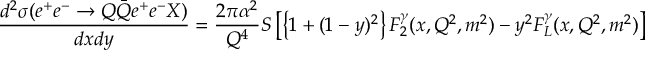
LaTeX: \frac { d ^ { 2 } \sigma ( e ^ { + } e ^ { - } \rightarrow Q \bar { Q } e ^ { + } e ^ { - } X ) } { d x d y } = \frac { 2 \pi \alpha ^ { 2 } } { Q ^ { 4 } } S \left[ \left\{ 1 + ( 1 - y ) ^ { 2 } \right\} F _ { 2 } ^ { \gamma } ( x , Q ^ { 2 } , m ^ { 2 } ) - y ^ { 2 } F _ { L } ^ { \gamma } ( x , Q ^ { 2 } , m ^ { 2 } ) \right]